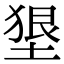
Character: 𡍭